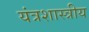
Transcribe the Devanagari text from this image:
यंत्रशास्त्रीय